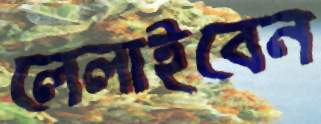
লেলাইবেন